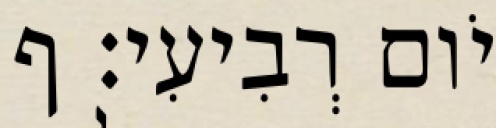
יֹום רְבִיעִי׃ ף